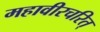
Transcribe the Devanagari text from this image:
महावीरचरित्